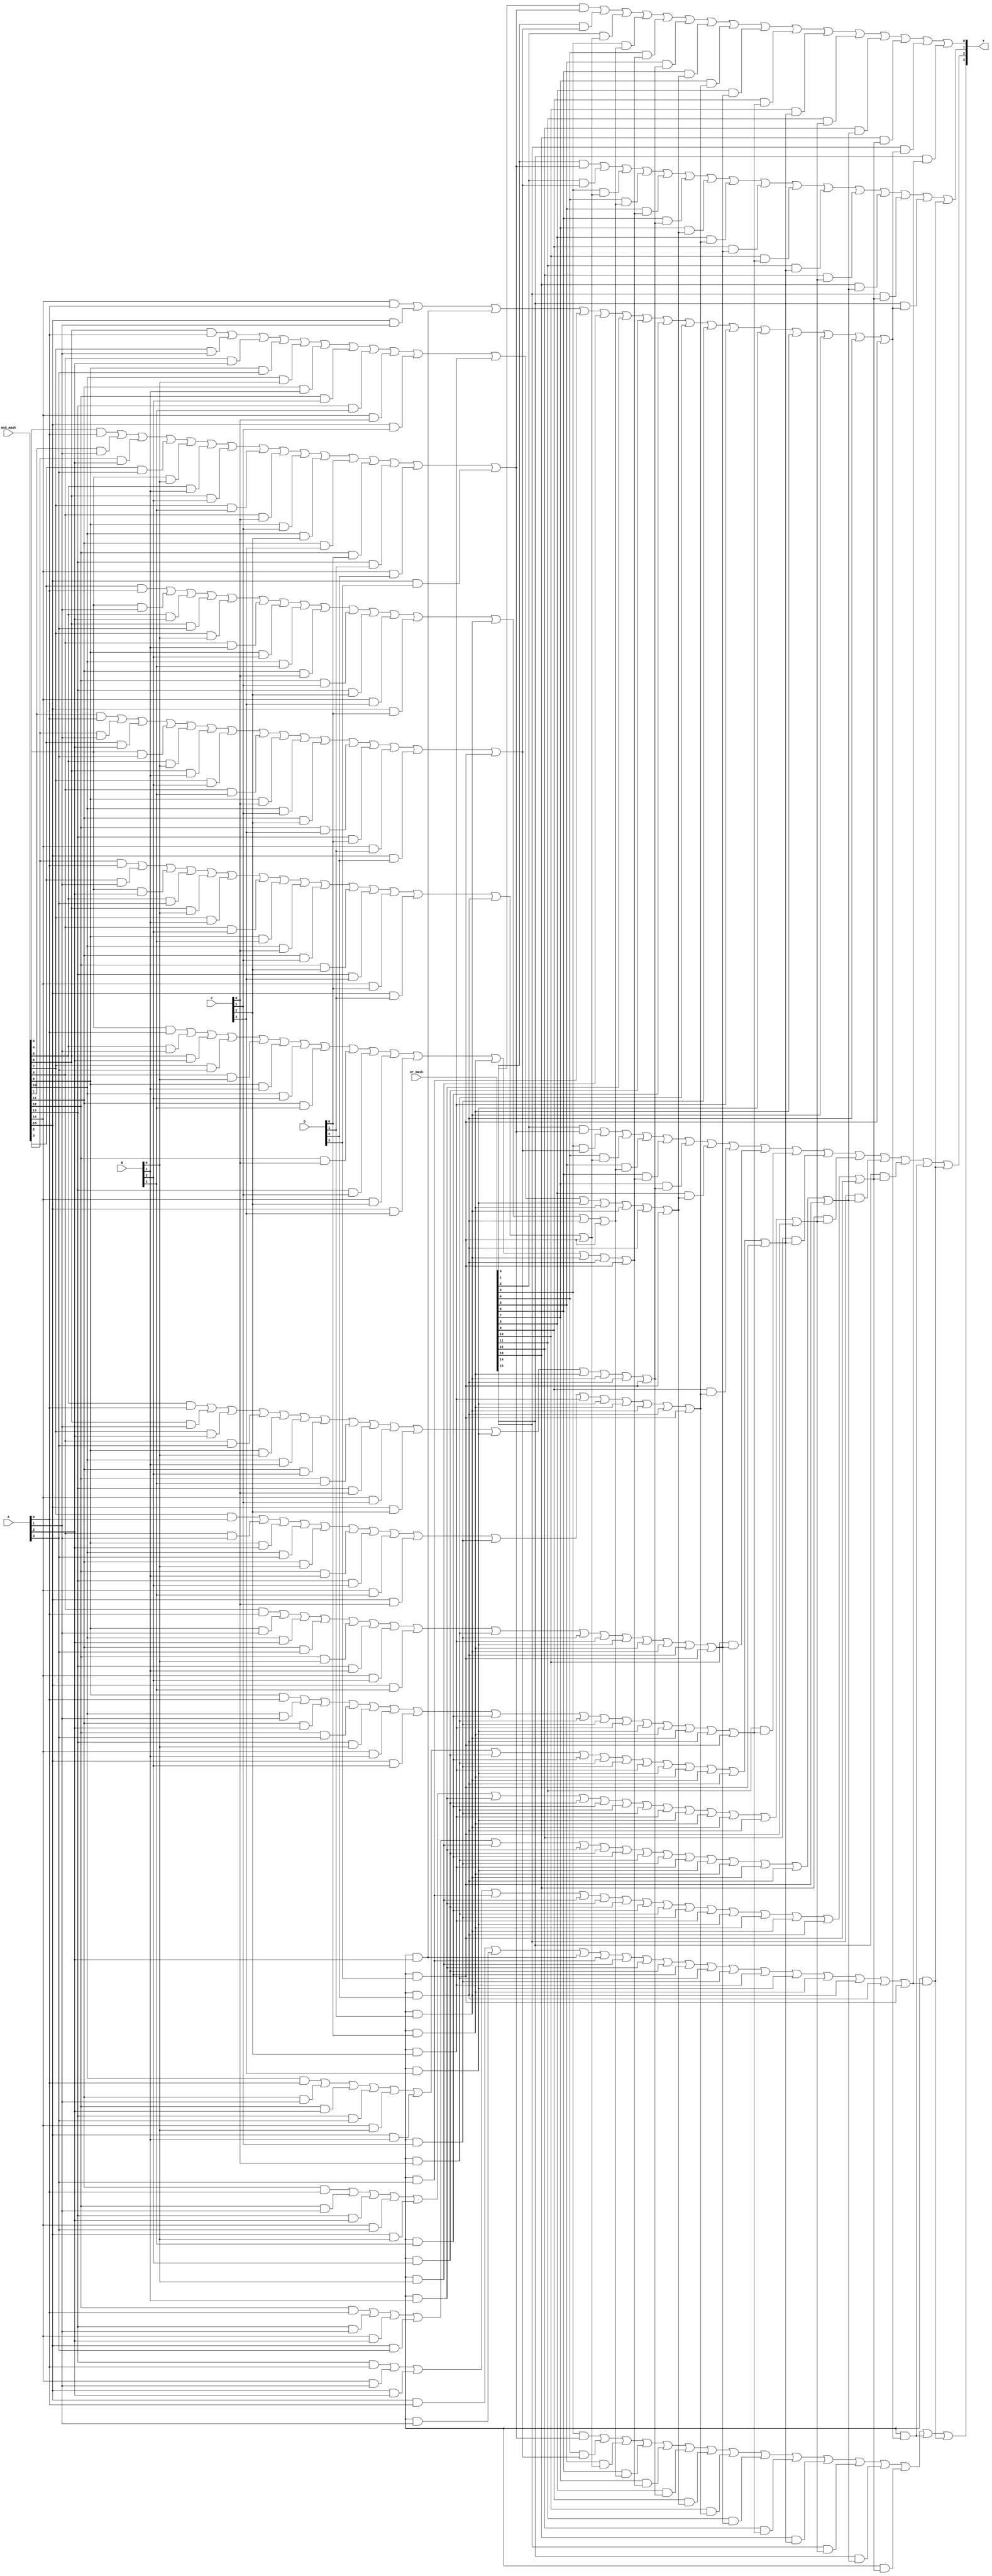
module PLA (
    input wire [3:0] A,       // 4 primary inputs
    input wire [3:0] B,       // 4 primary inputs
    input wire [3:0] C,       // 4 primary inputs
    input wire [3:0] D,       // 4 primary inputs
    input wire [15:0] and_mask, // Mask for programming AND gates
    input wire [15:0] or_mask,  // Mask for programming OR gates
    output wire [3:0] Y       // 4 outputs
);

// AND Array
wire [15:0] and_out; // Outputs of AND gates

// Generate AND gates based on the programming mask
genvar i;
generate
    for (i = 0; i < 16; i = i + 1) begin : and_gates
        assign and_out[i] = (and_mask[i] & A[0]) |
                             (and_mask[i + 1] & A[1]) |
                             (and_mask[i + 2] & A[2]) |
                             (and_mask[i + 3] & A[3]) |
                             (and_mask[i + 4] & B[0]) |
                             (and_mask[i + 5] & B[1]) |
                             (and_mask[i + 6] & B[2]) |
                             (and_mask[i + 7] & B[3]) |
                             (and_mask[i + 8] & C[0]) |
                             (and_mask[i + 9] & C[1]) |
                             (and_mask[i + 10] & C[2]) |
                             (and_mask[i + 11] & C[3]) |
                             (and_mask[i + 12] & D[0]) |
                             (and_mask[i + 13] & D[1]) |
                             (and_mask[i + 14] & D[2]) |
                             (and_mask[i + 15] & D[3]);
    end
endgenerate

// OR Array
wire [3:0] or_out; // Outputs of OR gates

// Generate OR gates based on the programming mask
generate
    for (i = 0; i < 4; i = i + 1) begin : or_gates
        assign or_out[i] = (or_mask[i] & and_out[0]) |
                           (or_mask[i + 1] & and_out[1]) |
                           (or_mask[i + 2] & and_out[2]) |
                           (or_mask[i + 3] & and_out[3]) |
                           (or_mask[i + 4] & and_out[4]) |
                           (or_mask[i + 5] & and_out[5]) |
                           (or_mask[i + 6] & and_out[6]) |
                           (or_mask[i + 7] & and_out[7]) |
                           (or_mask[i + 8] & and_out[8]) |
                           (or_mask[i + 9] & and_out[9]) |
                           (or_mask[i + 10] & and_out[10]) |
                           (or_mask[i + 11] & and_out[11]) |
                           (or_mask[i + 12] & and_out[12]) |
                           (or_mask[i + 13] & and_out[13]) |
                           (or_mask[i + 14] & and_out[14]) |
                           (or_mask[i + 15] & and_out[15]);
    end
endgenerate

// Final output assignment
assign Y = or_out;

endmodule